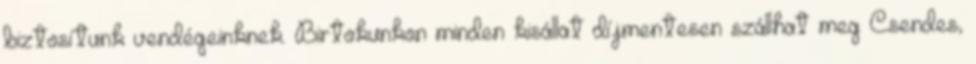
biztosítunk vendégeinknek. Birtokunkon minden kisállat díjmentesen szállhat meg Csendes,